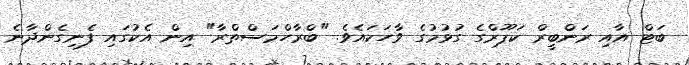
ބަޓް އާއި ރަންބީރް ކަޕޫރްގެ ގުޅުމުގެ ވާހަކައެވެ. "ބްރާހްމަސްތްރާ" އިން އެކުގައި ފެނިގެންދާނެ